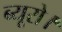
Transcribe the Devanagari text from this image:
ब्यूरो।